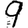
Digit: 9